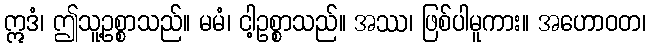
ဣဒံ၊ ဤသူ့ဥစ္စာသည်။ မမံ၊ ငါ့ဥစ္စာသည်။ အဿ၊ ဖြစ်ပါမူကား။ အဟောဝတ၊